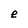
Character: e